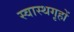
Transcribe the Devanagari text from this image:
स्वास्थगृहों